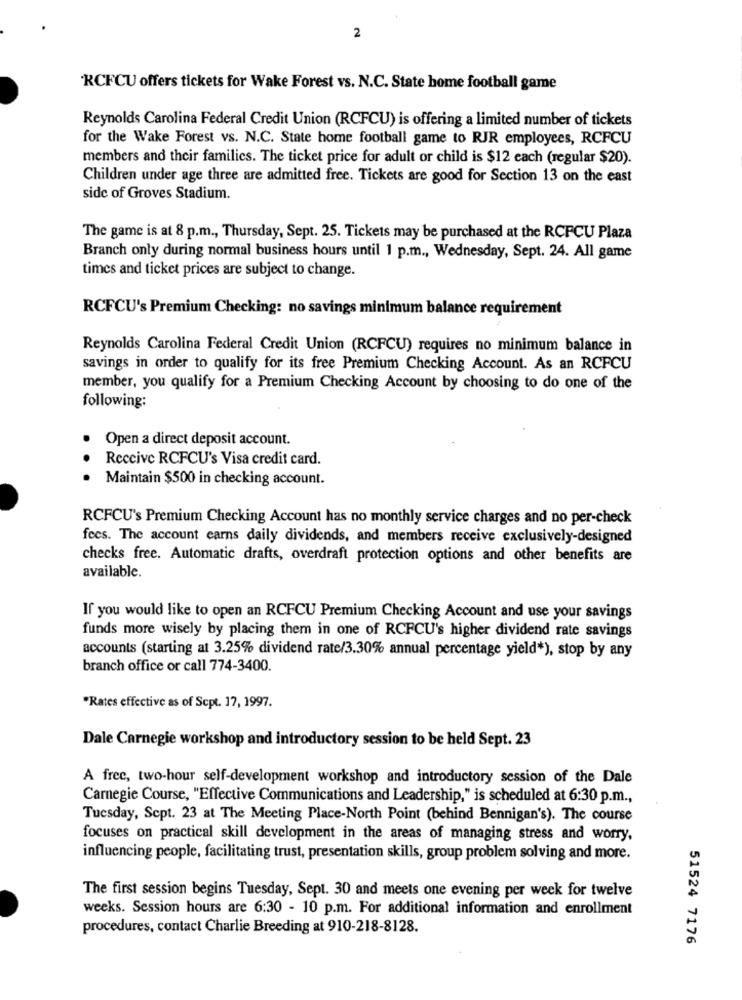
2
'RCFCU offers tickets for Wake Forest vs. N.C. State home football game
Reynolds Carolina Federal Credit Union (RCFCU) is offering a limited number of tickets
for the Wake Forest vs. N.C. State home football game to RJR employees, RCFCU
members and their families. The ticket price for adult or child is $12 each (regular $20).
Children under age three are admitted free. Tickets are good for Section 13 on the east
side of Groves Stadium.
The game is at 8 p.m ., Thursday, Sept. 25. Tickets may be purchased at the RCFCU Plaza
Branch only during normal business hours until 1 p.m ., Wednesday, Sept. 24. All game
times and ticket prices are subject to change.
RCFCU's Premium Checking: no savings minimum balance requirement
Reynolds Carolina Federal Credit Union (RCFCU) requires no minimum balance in
savings in order to qualify for its free Premium Checking Account. As an RCFCU
member, you qualify for a Premium Checking Account by choosing to do one of the
following:
Open a direct deposit account.
Receive RCFCU's Visa credit card.
..
Maintain $500 in checking account.
RCFCU's Premium Checking Account has no monthly service charges and no per-check
fees. The account earns daily dividends, and members receive exclusively-designed
checks free. Automatic drafts, overdraft protection options and other benefits are
available.
If you would like to open an RCFCU Premium Checking Account and use your savings
funds more wisely by placing them in one of RCFCU's higher dividend rate savings
accounts (starting at 3.25% dividend rate/3.30% annual percentage yield*), stop by any
branch office or call 774-3400.
"Rates effective as of Sept. 17, 1997.
Dale Carnegie workshop and introductory session to be held Sept. 23
A free, two-hour self-development workshop and introductory session of the Dale
Carnegie Course, "Effective Communications and Leadership," is scheduled at 6:30 p.m .,
Tuesday, Sept. 23 at The Meeting Place-North Point (behind Bennigan's). The course
focuses on practical skill development in the areas of managing stress and worry,
influencing people, facilitating trust, presentation skills, group problem solving and more.
The first session begins Tuesday, Sept. 30 and meets one evening per week for twelve
weeks. Session hours are 6:30 - 10 p.m. For additional information and enrollment
procedures, contact Charlie Breeding at 910-218-8128.
51524 7176